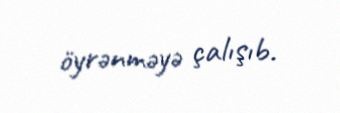
öyrənməyə çalışıb.